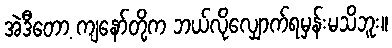
အဲဒီတော့ ကျနော်တို့က ဘယ်လိုလျှောက်ရမှန်းမသိဘူး။